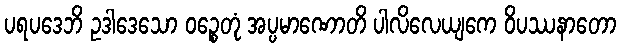
ပရပဒေဘိ ဥဒါဒေသော ဝဉ္စေတုံ အပ္ပမာဏောတိ ပါလိလေယျကေ ဝိပဿနာတော